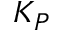
K _ { P }